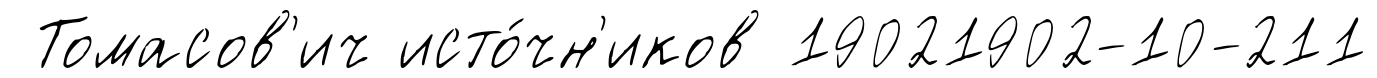
Томасов'ич исто́чн'иков 19021902-10-211